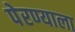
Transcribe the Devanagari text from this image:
पेरण्याला